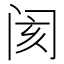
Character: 阂